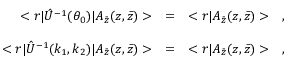
\begin{array} { r c l } { { < r | \hat { U } ^ { - 1 } ( \theta _ { 0 } ) | A _ { \bar { z } } ( z , \bar { z } ) > } } & { { = } } & { { < r | A _ { \bar { z } } ( z , \bar { z } ) > \ \ \ , } } \\ { { } } & { { } } & { { } } \\ { { < r | \hat { U } ^ { - 1 } ( k _ { 1 } , k _ { 2 } ) | A _ { \bar { z } } ( z , \bar { z } ) > } } & { { = } } & { { < r | A _ { \bar { z } } ( z , \bar { z } ) > \ \ \ , } } \end{array}